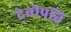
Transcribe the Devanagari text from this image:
देवीप्रति